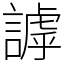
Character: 謼